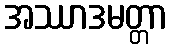
အဿာဒမတ္တာ